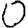
Digit: 0